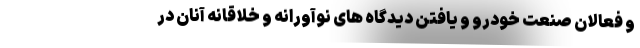
و فعالان صنعت خودرو و یافتن دیدگاه های نوآورانه و خلاقانه آنان در